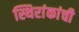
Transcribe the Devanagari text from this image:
स्थिरांकांची